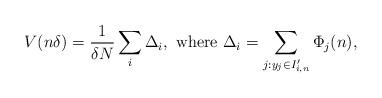
LaTeX: \begin{align*}V ( n \delta) = \frac{1}{\delta N} \sum_{ i } \Delta_i , \mbox{ where } \Delta_i = \sum_{ j : y_j \in I'_{i,n } } \Phi_j (n ) , \end{align*}